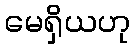
မေရှိယဟု